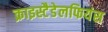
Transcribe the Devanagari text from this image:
क्राइस्टैडेलफियंस